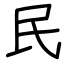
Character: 民